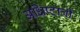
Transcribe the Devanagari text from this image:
अधिष्टात्री